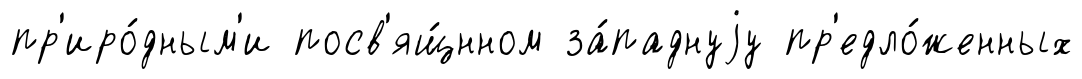
пр'иро́дным'и посв'ящ́нном за́паднуjу пр'едло́женных